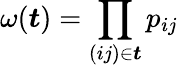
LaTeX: \omega(\boldsymbol{t})=\prod_{(ij)\in\boldsymbol{t}}p_{ij}